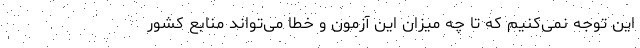
این توجه نمی‌کنیم که تا چه میزان این آزمون و خطا می‌تواند منابع کشور